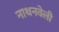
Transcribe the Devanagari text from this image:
नाथनवेली